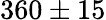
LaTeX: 360\pm{}15